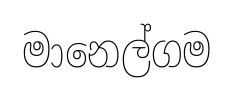
මානෙල්ගම